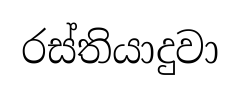
රස්තියාදුවා